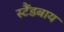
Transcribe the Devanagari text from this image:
स्टैंडबाय